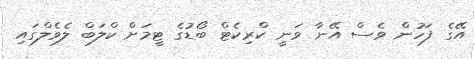
އޭގެ ފަހުން ވެސް އޭނާ ވަނީ ކްރިކެޓް ބޯޑުގެ ޓީމަށް ކްލަބް ލެވެލްގައި